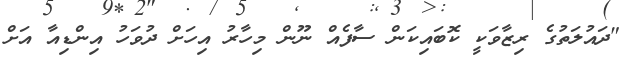
"ދައުލަތުގެ ރިޒާވަކީ ކޮބައިކަން ސާފެއް ނޫން މިހާރު އިހަށް ދުވަހު އިންޑިއާ އަށް